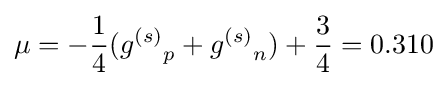
\mu =-{\frac {1}{4}}({g^{(s)}}_{p}+{g^{(s)}}_{n})+{\frac {3}{4}}=0.310